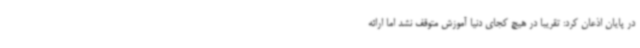
در پایان اذعان کرد: تقریباً در هیچ کجای دنیا آموزش متوقف نشد اما ارائه